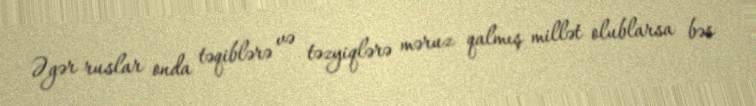
Əgər ruslar onda təqiblərə və təzyiqlərə məruz qalmış millət olublarsa bəs